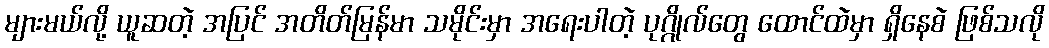
များမယ်လို့ ယူဆတဲ့ အပြင် အတိတ်မြန်မာ သမိုင်းမှာ အရေးပါတဲ့ ပုဂ္ဂိုလ်တွေ ထောင်ထဲမှာ ရှိနေစဲ ဖြစ်သလို